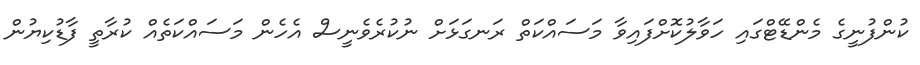
ކުންފުނީގެ މެންޑޭޓްގައި ހަވާލުކޮށްފައިވާ މަސައްކަތް ރަނގަޅަށް ނުކުރެވެނީސް އެހެން މަސައްކަތެއް ކުރާތީ ފާޑުކިޔުން